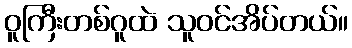
ဝူကြီးတစ်ဂူထဲ သူဝင်အိပ်တယ်။